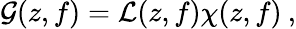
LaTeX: \mathcal{G}(z,f)=\mathcal{L}(z,f)\chi(z,f)\: ,